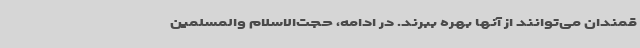
قمندان می‌توانند از آنها بهره ببرند. در ادامه، حجت‌الاسلام والمسلمین